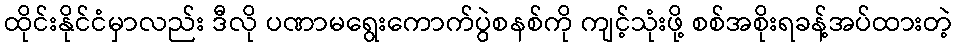
ထိုင်းနိုင်ငံမှာလည်း ဒီလို ပဏာမရွေးကောက်ပွဲစနစ်ကို ကျင့်သုံးဖို့ စစ်အစိုးရခန့်အပ်ထားတဲ့